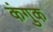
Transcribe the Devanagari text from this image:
कंगुक